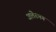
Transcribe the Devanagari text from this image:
अलेरमन